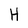
Character: H